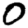
Digit: 0